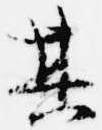
其